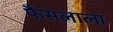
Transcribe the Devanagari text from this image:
फैसलाला